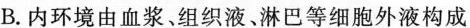
B.内环境由血浆、组织液、淋巴等细胞外液构成